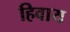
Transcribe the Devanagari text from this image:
हिवाय